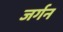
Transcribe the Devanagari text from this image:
जर्गन